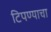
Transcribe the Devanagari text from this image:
टिपण्याचा